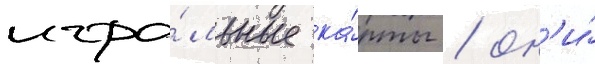
игра́льные ка́рты / он'и́